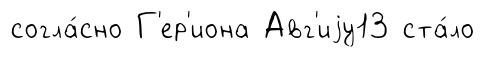
согла́сно Г'ер'иона Авг'иjу13 ста́ло